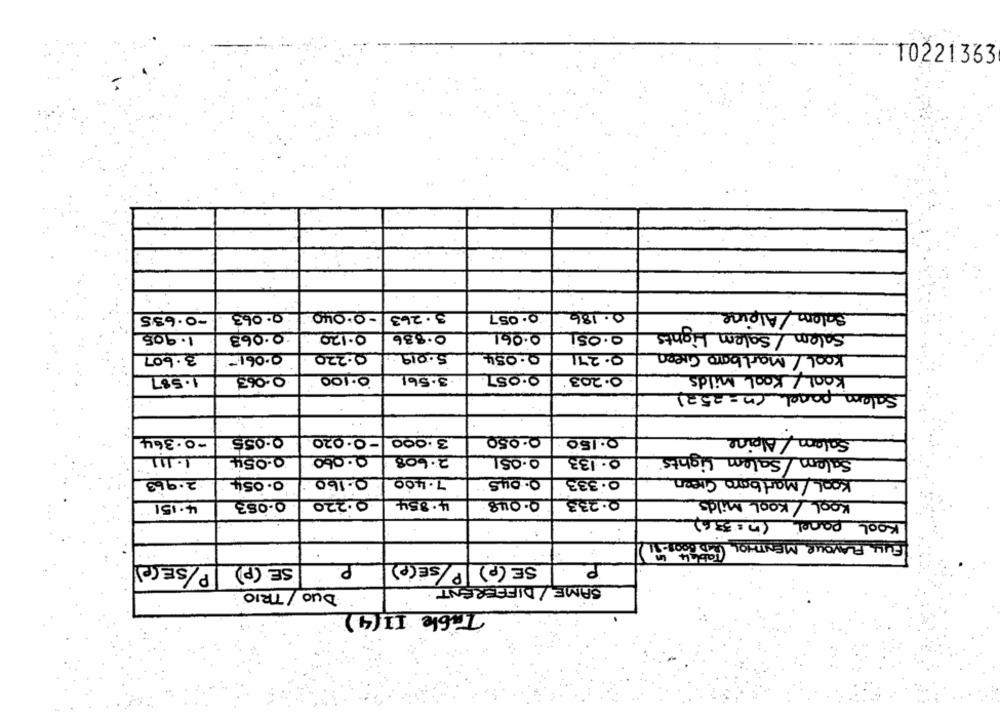
10221333
Salem / Alpine
-0.635
0.063
- O.OLIO
3.263
0.057
0.186
Salem/ Salem Lights
1.905
0.063
0.120
0.836
0.061
O.OSi
0.054
Kool / Marlboro Green
3.607
0.061-
0.220
5.019.
0.271
0.100
0.057.
KOOL/ Kool Milds
1.587
0.063
.3.561
0.203.
Salam panel (n == 52)
..
-0.364
0.055
-O-020
3.000
0.050
0.150
Salam/ Alpine
1.111
0.060
2.608
0.051
0.133
Salem/Salem Lights
2.963
0.054
0.160
7.400
0.045
0.333
Kool/Marlboro Green
0.053
0.220
4.854
0.048
0.233
KOOL / Kool Milds
4.151
Kool panel (n = 336)
FULL FLAVOUR MENTHOL (RXD1.008-91
SE (P) P/SE(P)
P
SE (p) P/SE(P)
SAME/ DIFFERENT.
DUO / TRIO
Table II (4)